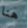
هنا